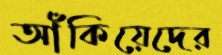
আঁকিয়েদের